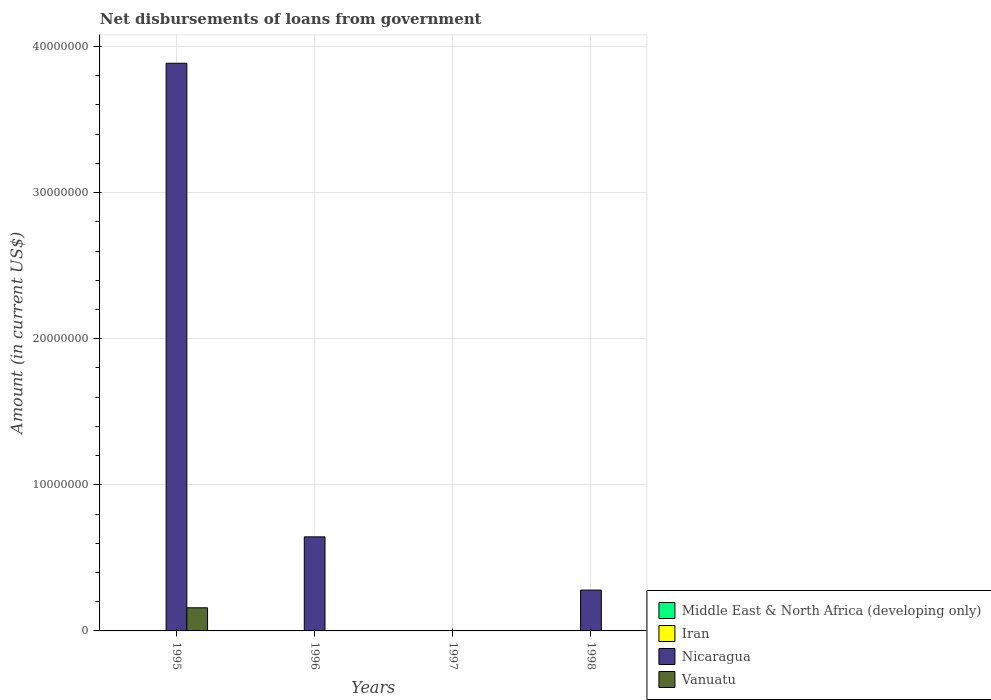
| Years | Middle East & North Africa (developing only) | Iran | Nicaragua | Vanuatu |
 | --- | --- | --- | --- | --- |
 | 1995 | -2.85e+09 | -3.19e+09 | 3.89e+07 | 1.58e+06 |
 | 1996 | -3.2e+09 | -3.78e+09 | 6.44e+06 | -2.12e+05 |
 | 1997 | -4.48e+09 | -4.09e+09 | -3e+07 | -1.65e+05 |
 | 1998 | -2.01e+09 | -7.92e+08 | 2.8e+06 | -1.54e+05 |